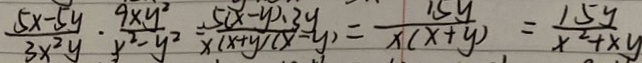
\frac { 5 x - 5 y } { 3 x ^ { 2 } y } \cdot \frac { 9 x y ^ { 2 } } { y ^ { 2 } - y ^ { 2 } } \frac { 5 ( x - y ) \cdot 3 y } { x ( x + y ) ( x - y ) } = \frac { 1 5 y } { x ( x + y ) } = \frac { 1 5 y } { x ^ { 2 } + x y }